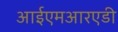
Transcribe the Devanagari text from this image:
आईएमआरएडी